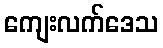
ကျေးလက်ဒေသ